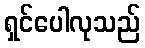
ရှင်ပေါလုသည်